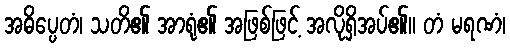
အဓိပ္ပေတံ၊ သတိ၏ အာရုံ၏ အဖြစ်ဖြင့် အလိုရှိအပ်၏။ တံ မရဏံ၊